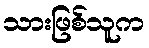
သားဖြစ်သူက